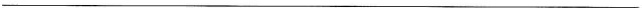
___